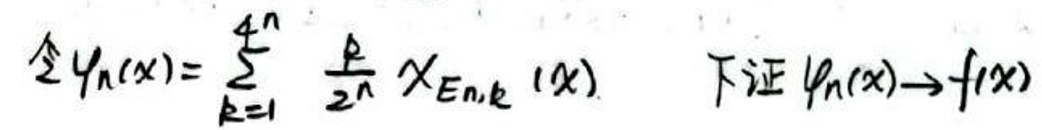
令\(\varphi_n(x)=\sum_{k = 1}^{4^n}\frac{p}{2^n}\chi_{E_{n,k}}(x)\) 下证\(\varphi_n(x)\to f(x)\)